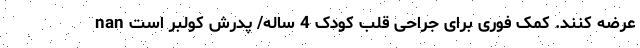
عرضه کنند. کمک فوری برای جراحی قلب کودک 4 ساله/ پدرش کولبر است nan